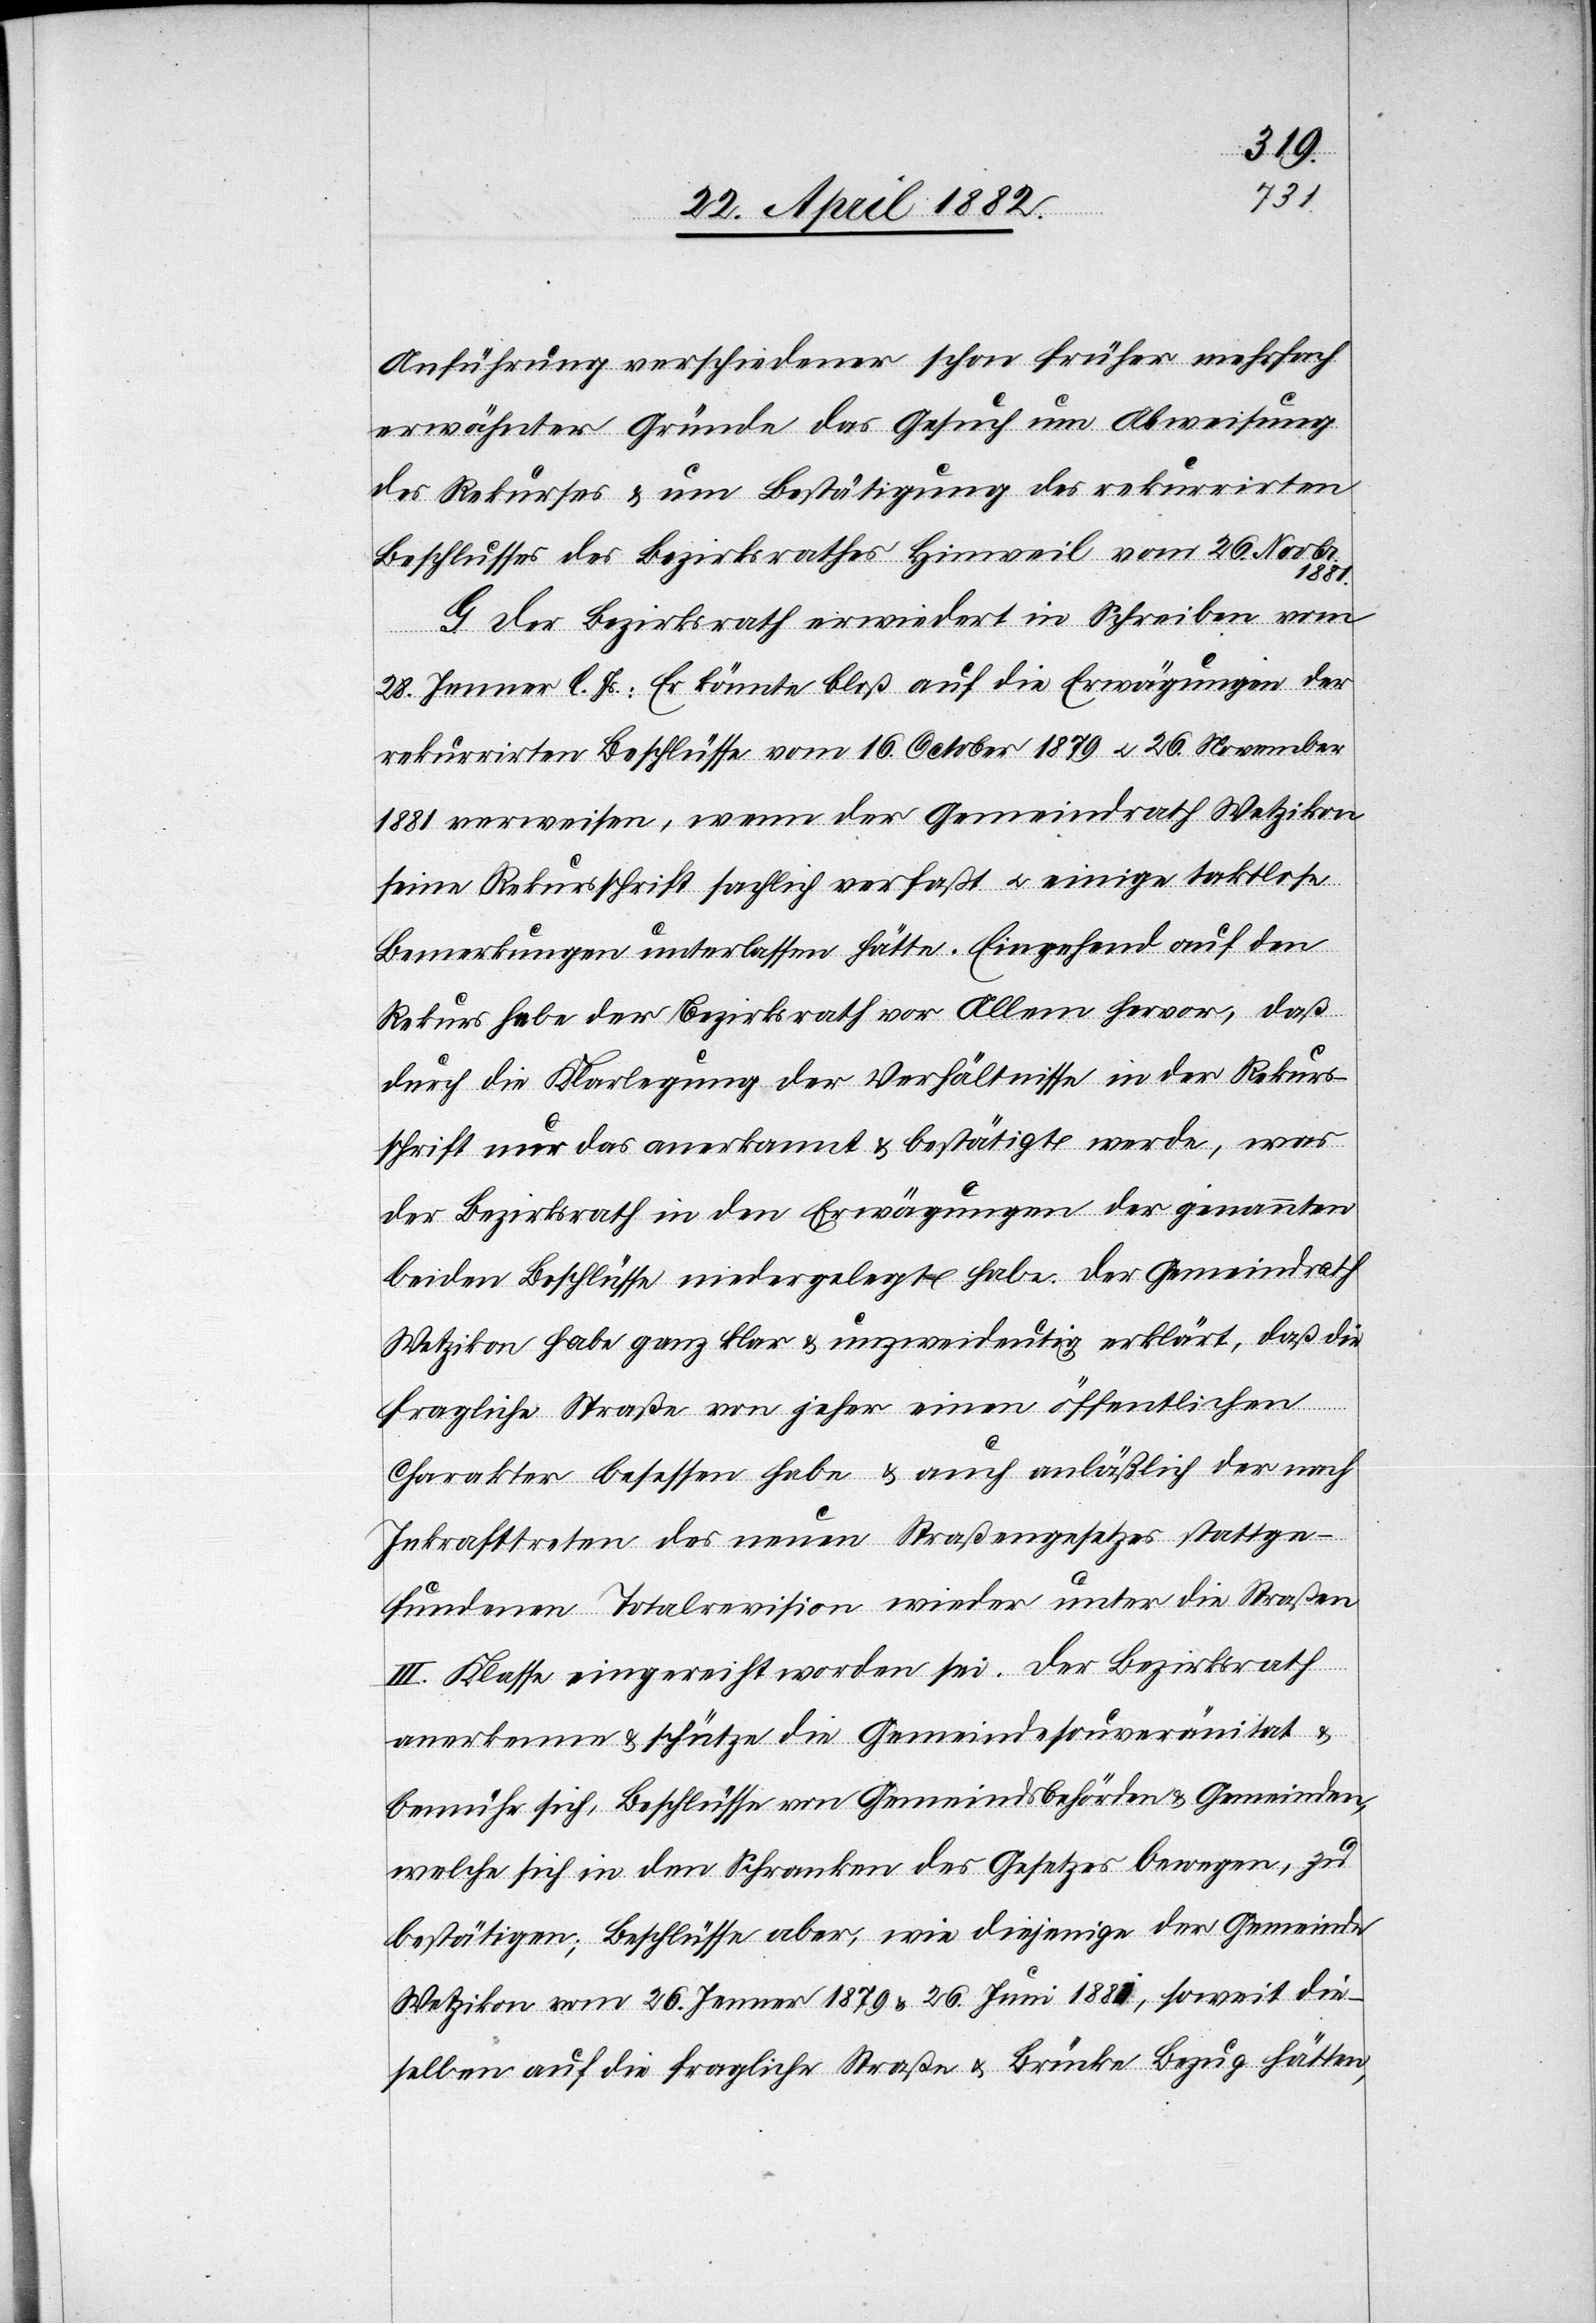
1881
Anführung verschiedener schon früher mehrfach
erwähnter Gründe das Gesuch um Abweisung
des Rekurses & um Bestätigung des rekurrirten
Beschlusses des Bezirksrathes Hinweil vom 26. Novbr.
G. Der Bezirksrath erwiedert in Schreiben vom
der
28. Jenner l. Js.: Es könnte bloß auf die Erwägungen der
rekurrirten Beschlüsse vom 16. October 1879 u. 26. November
seine Rekursschrift sachlich verfaßt u. einige taktlose
Bemerkungen unterlassen hätte. Eingehend auf den
Rekurs hebe der Bezirksrath vor Allem hervor, daß
durch die Klarlegung der Verhältnisse in der Rekurs¬
schrift nur das anerkannt & bestätigt werde, was
der Bezirksrath in den Erwägungen der genannten
beiden Beschlüsse niedergelegt habe. Der Gemeindrath
Wetzikon habe ganz klar & unzweideutig erklärt, daß die
fragliche Straße von jeher einen öffentlichen
Charakter besessen habe & auch anläßlich der nach
Inkrafttreten des neuen Straßengesetzes stattge¬
fundenen Totalrevision wieder unter die Straßen
III. Klasse eingereiht worden sei. Der Bezirksrath
anerkenne & schütze die Gemeindesouveränitat
bemühe sich, Beschlüsse von Gemeindsbehörden & Gemeinden,
welche sich in den Schranken des Gesetzes bewegen, zu
bestätigen; Beschlüsse aber, wie diejenige[n] der Gemeinde
Wetzikon vom 26. Jenner 1879 & 26. Juni 1881, soweit die¬
selben auf die fragliche Straße & Brücke Bezug hätten,